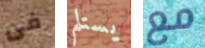
فى يستلم مع